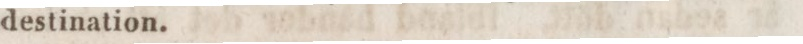
destination.